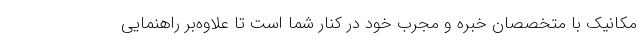
مکانیک با متخصصان خبره و مجرب خود در کنار شما است تا علاوه‌بر راهنمایی